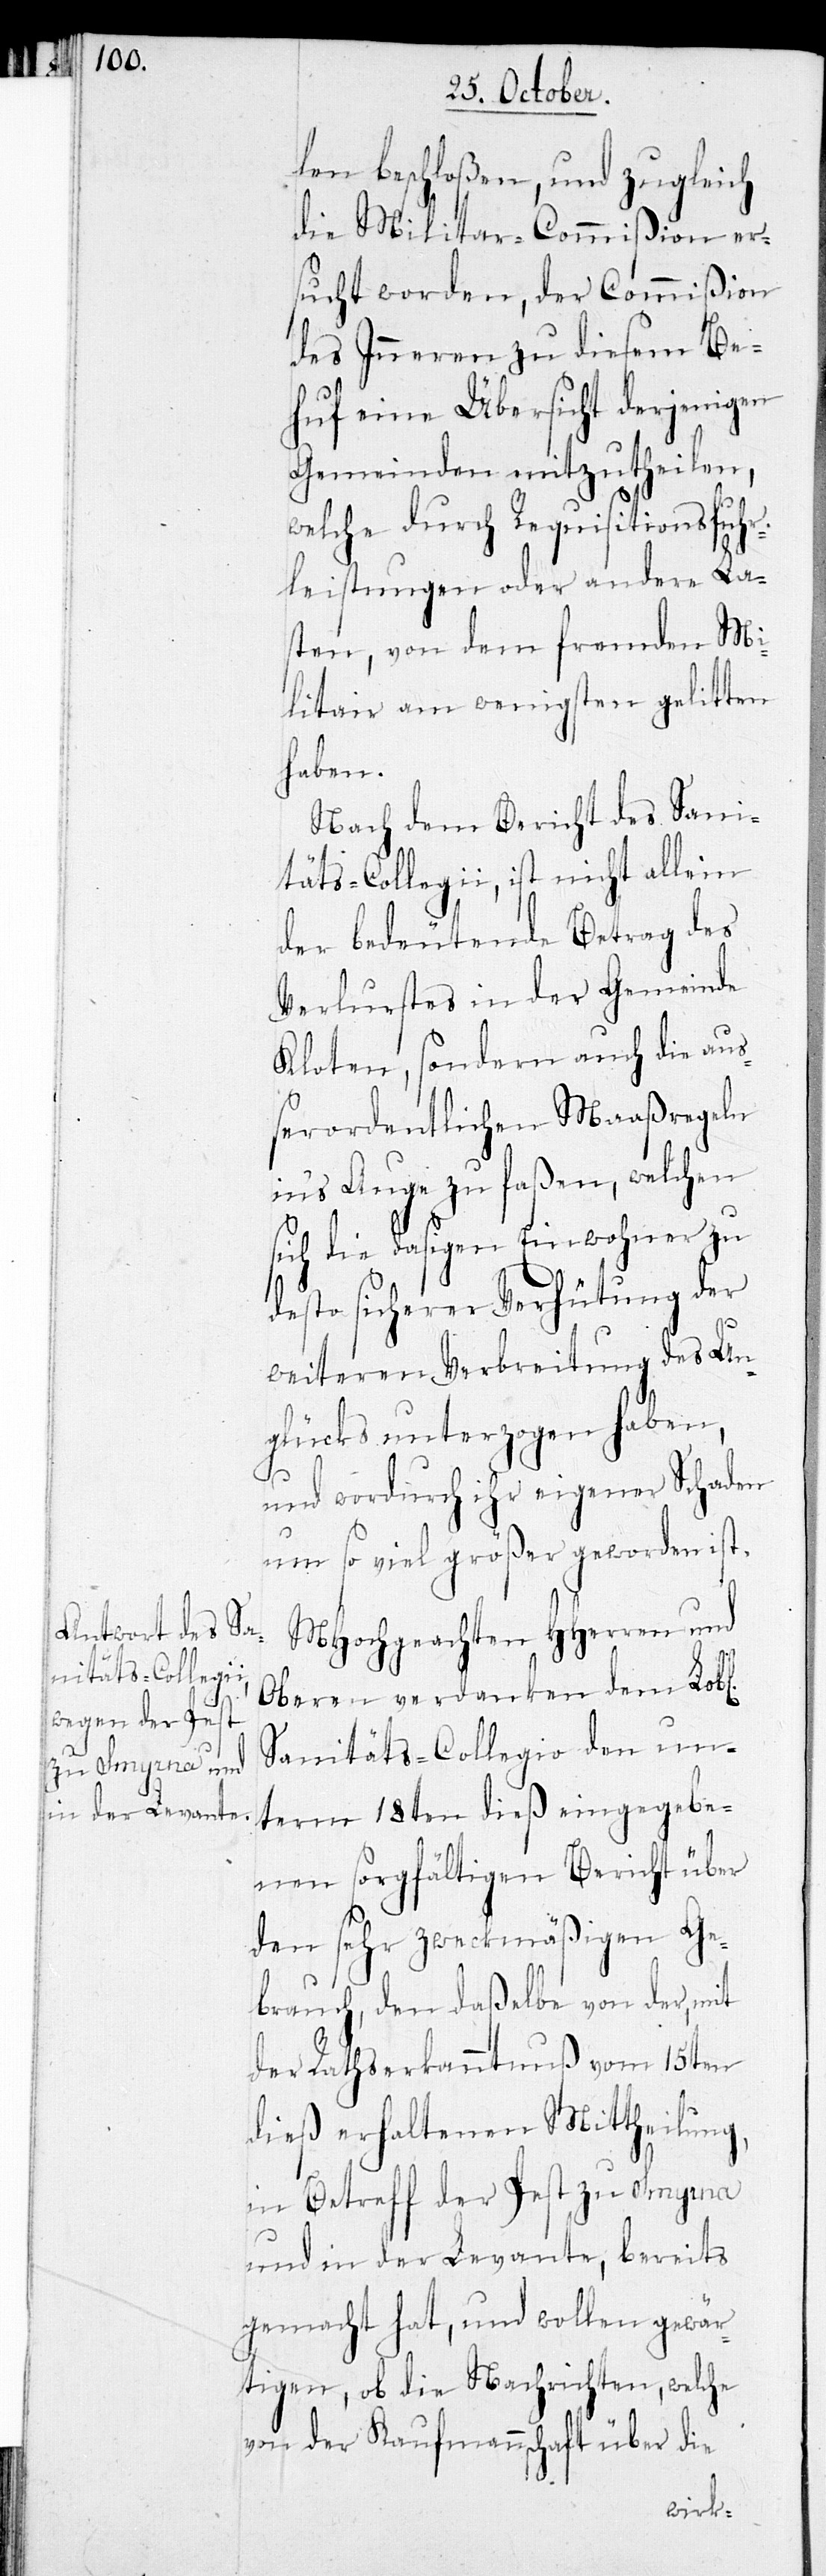
au¬

len beschloßen, und zugleich
die Militar-Commißion er¬
sucht worden, der Commißion
des Inneren zu diesem Be¬
huf eine Übersicht derjenigen
Gemeinden mitzutheilen,
welche durch Requisitionsfuhr¬
leistungen oder andere La¬
sten, von dem fremden Mi¬
litair am wenigsten gelitten
haben.
Nach dem Bericht des Sani¬
täts-Collegii, ist nicht allein
der bedeutende Betrag des
Verlurstes in der Gemeinde
ßerordentlichen Maaßregeln
in's Auge zu faßen, welchen
sich die dasigen Einwohner zu
desto sicherer Verhütung der
weiteren Verbreitung des Un¬
glücks unterzogen haben,
und wordurch ihr eigener Schaden
nun so viel größer geworden ist.
MHochgeachten HHerren und
Oberen verdanken dem Lobl.
Sanitäts-Collegio den un¬
term 18ten dieß eingegebe¬
nen sorgfältigen Bericht über
den sehr zweckmäßigen Ge¬
brauch, den daßelbe von der, mit
der Rathserkanntnuß vom 15ten
dieß erhaltenen Mittheilung,
in Betreff der Pest zu Smyrna
und in der Levante, bereits
gemacht hat, und wollen gewär¬
tigen, ob die Nachrichten, welche
von der Kaufmannschaft über die